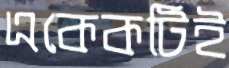
একেকটিই